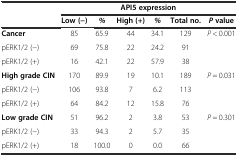
<table><thead><tr><td></td><td colspan="6"><b>API5 expression</b></td></tr><tr><td></td><td><b>Low (-)</b></td><td><b><i>%</i></b></td><td><b>High (+)</b></td><td><b><i>%</i></b></td><td><b>Total no.</b></td><td><b><i>P</i>value</b></td></tr></thead><tbody><tr><td><b>Cancer</b></td><td>85</td><td>65.9</td><td>44</td><td>34.1</td><td>129</td><td><i>P</i> &lt; 0.001</td></tr><tr><td>pERK1/2 (-)</td><td>69</td><td>75.8</td><td>22</td><td>24.2</td><td>91</td><td></td></tr><tr><td>pERK1/2 (+)</td><td>16</td><td>42.1</td><td>22</td><td>57.9</td><td>38</td><td></td></tr><tr><td><b>High grade CIN</b></td><td>170</td><td>89.9</td><td>19</td><td>10.1</td><td>189</td><td><i>P</i> = 0.031</td></tr><tr><td>pERK1/2 (-)</td><td>106</td><td>93.8</td><td>7</td><td>6.2</td><td>113</td><td></td></tr><tr><td>pERK1/2 (+)</td><td>64</td><td>84.2</td><td>12</td><td>15.8</td><td>76</td><td></td></tr><tr><td><b>Low grade CIN</b></td><td>51</td><td>96.2</td><td>2</td><td>3.8</td><td>53</td><td><i>P</i> = 0.301</td></tr><tr><td>pERK1/2 (-)</td><td>33</td><td>94.3</td><td>2</td><td>5.7</td><td>35</td><td></td></tr><tr><td>pERK1/2 (+)</td><td>18</td><td>100.0</td><td>0</td><td>0.0</td><td>66</td><td></td></tr></tbody></table>